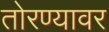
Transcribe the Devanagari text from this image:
तोरण्यावर